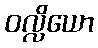
ဝလ္လိယော